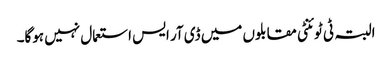
البتہ ٹی ٹوئنٹی مقابلوں میں ڈی آر ایس استعمال نہیں ہوگا۔